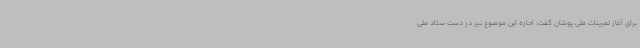
برای آغاز تمرینات ملی پوشان گفت: اجازه این موضوع نیز در دست ستاد ملی